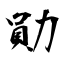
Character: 勛